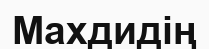
Махдидің